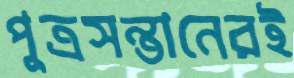
পুত্রসন্তানেরই